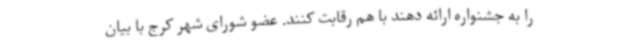
را به جشنواره ارائه دهند با هم رقابت کنند. عضو شورای شهر کرج با بیان